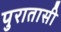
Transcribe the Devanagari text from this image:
पुरातासी